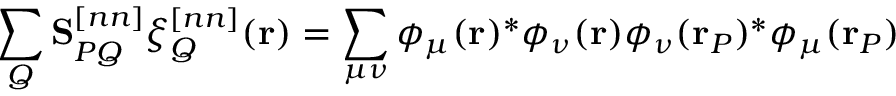
\sum _ { Q } \mathbf S _ { P Q } ^ { [ n n ] } \xi _ { Q } ^ { [ n n ] } ( \mathbf { r } ) = \sum _ { \mu \nu } \phi _ { \mu } ( \mathbf { r } ) ^ { * } \phi _ { \nu } ( \mathbf { r } ) \phi _ { \nu } ( \mathbf { r } _ { P } ) ^ { * } \phi _ { \mu } ( \mathbf { r } _ { P } )